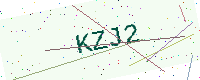
Text: KZJ2